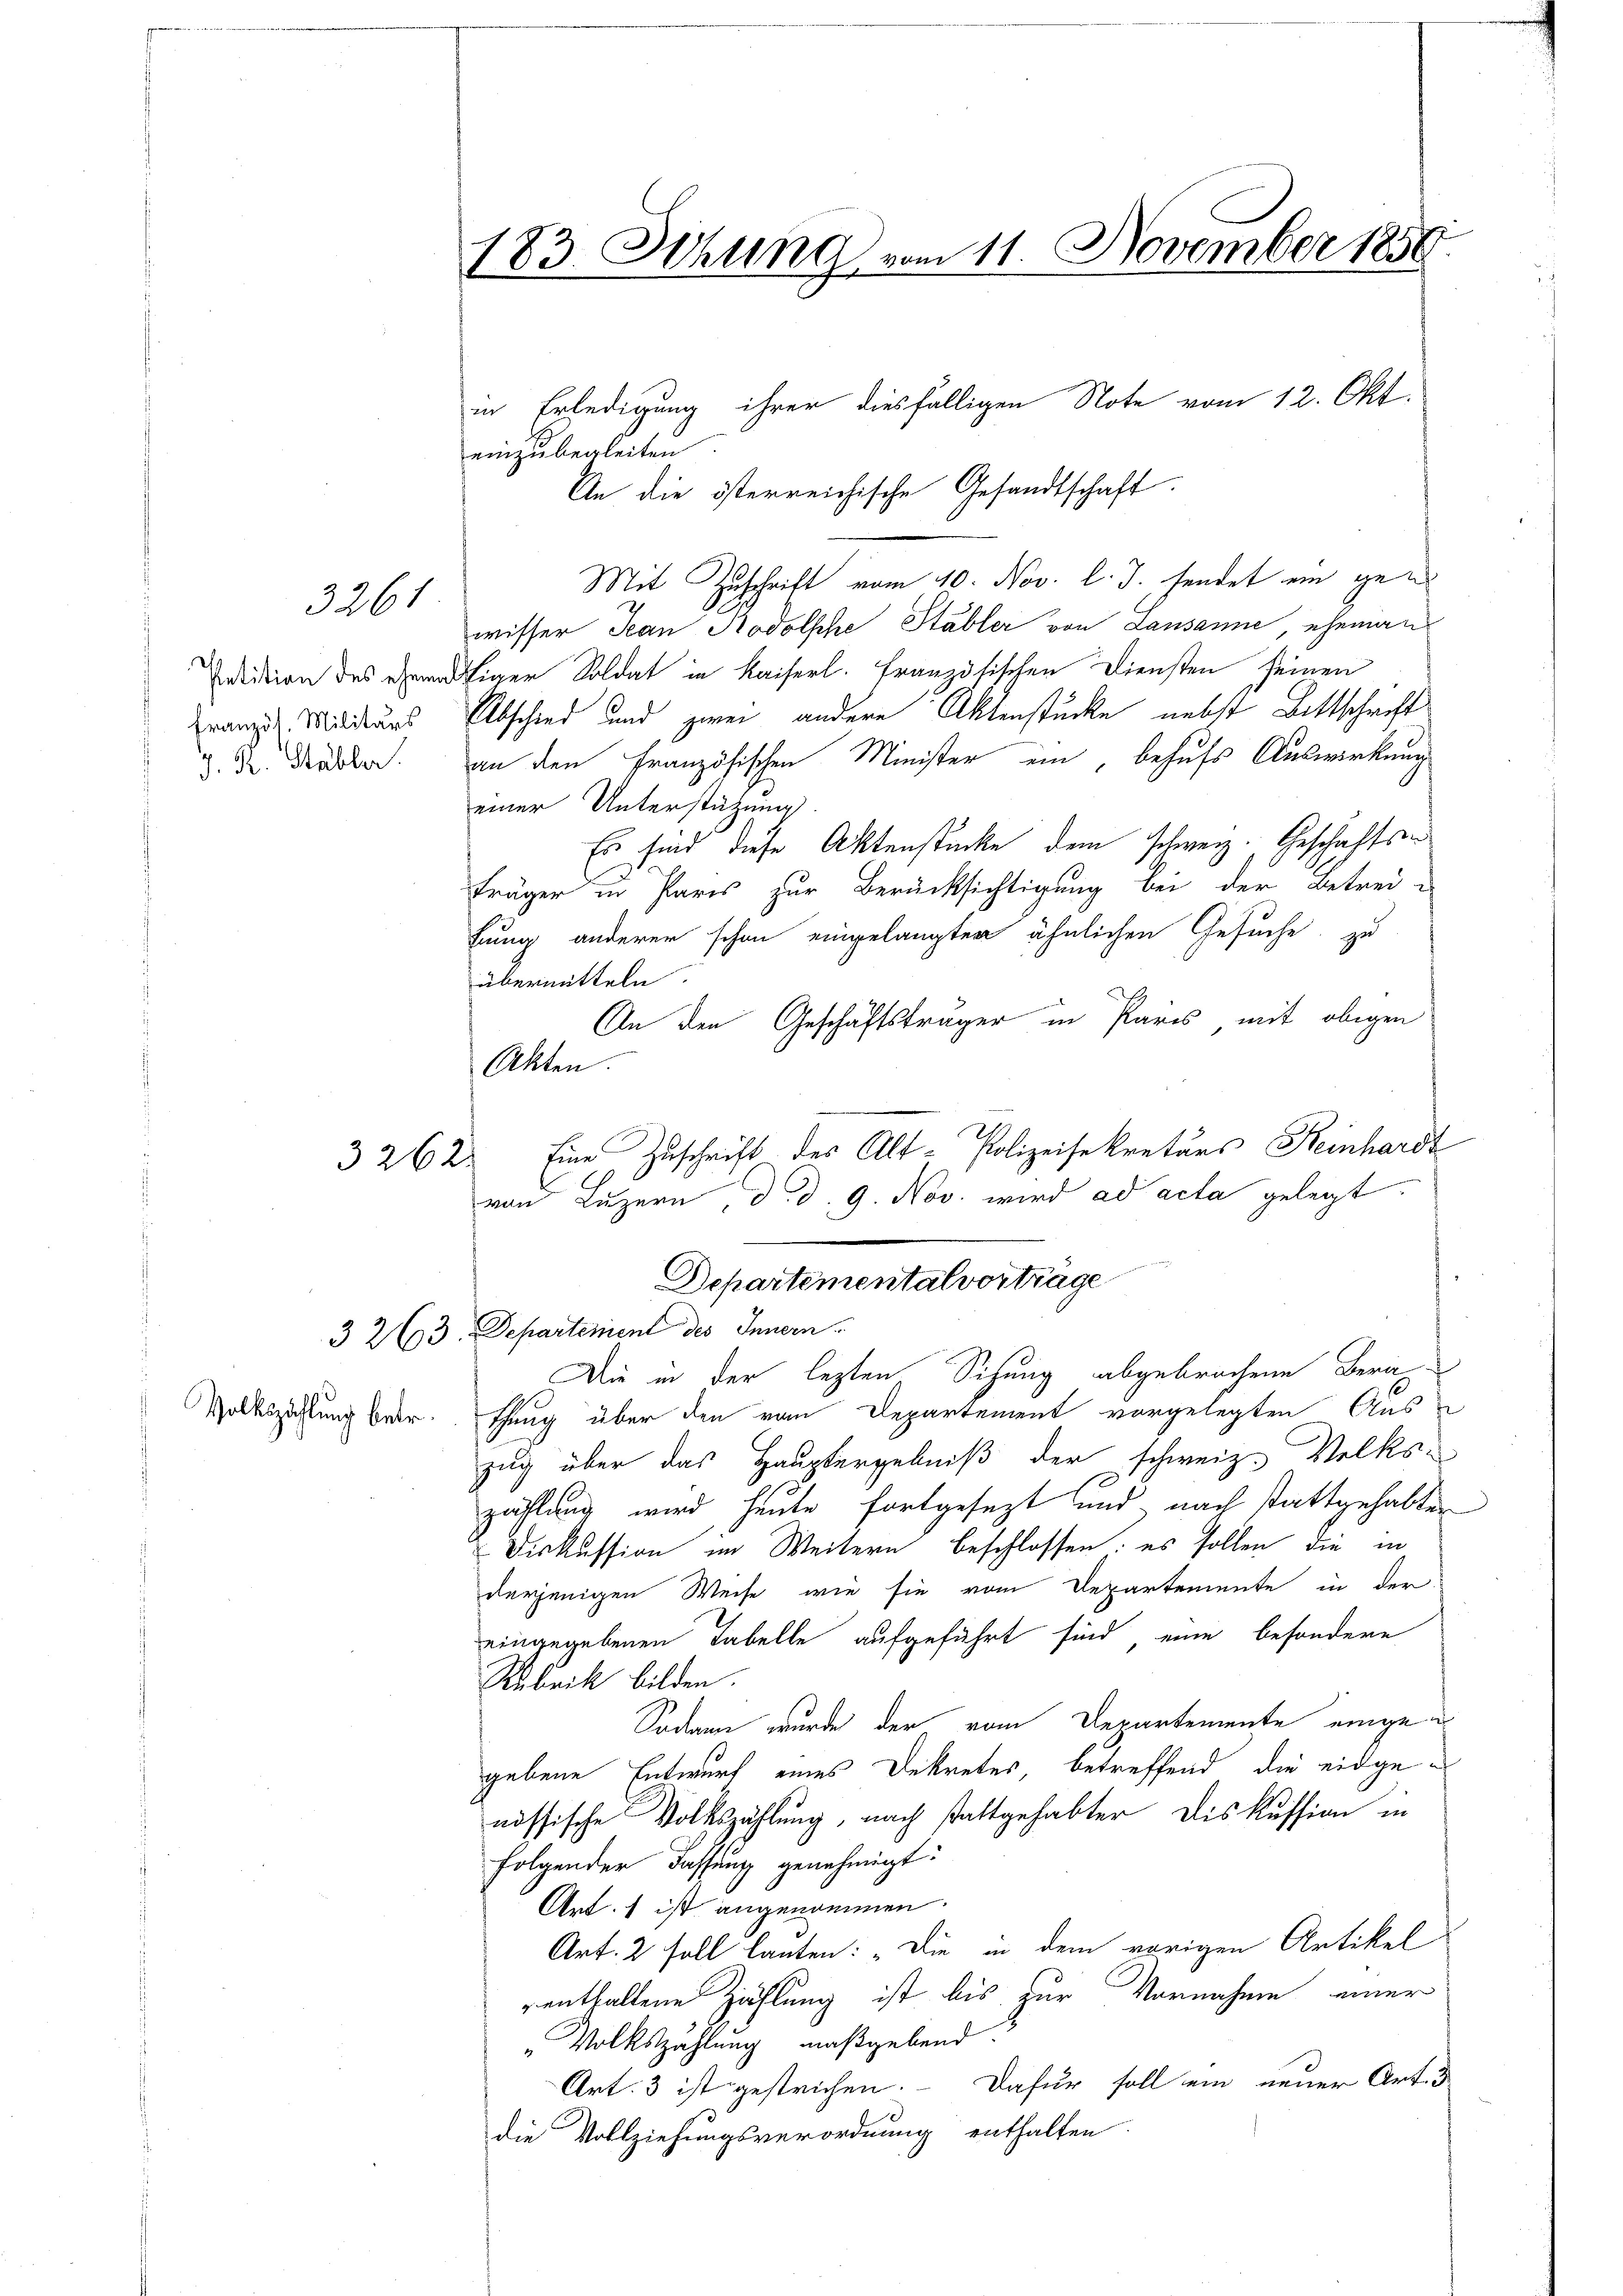
3261

Französ. Militärs
J. R. Stabler.

3262.

Volkszählung betr.

183. Sitzung vom 11. November 1859.

einzubegleiten
Mit Zuschrift vom 10. Nov. l. J. sendet ein gewisser Jean Rodolsche Stabler von Lausanne, eheman
atition des ermaliger Soldat in Kaiserl. Französischen Diensten seinen
Abschied und zwei andere Aktenstücke nebst Bittschrift
an den Französischen Minister ein, behufs Auswirkung
einer Unterstützung
Es sind diese Aktenstücke dem schweiz. Geschaftsträger in Paris zur Berücksichtigung bei der Betreituung anderer schon eingelangten ähnlichen Gesuche zu
übermitteln.
An den Geschäftsträger in Pares mit obigen
Akten.
Eine Zuschrift des Alt-Polizeisekretärs Keinhardt
von Luzern, d. d. 9. Nov. wird ad acta gelegt.

in Erledigung ihrer diesfälligen Note vom 12. Okt.
An die österreichische Gesandtschaft.

Departementalvortrage
3 263. Departement des Innern.
Die in der lezten Sitzung abgebrochene Bera¬

thung über den vom Departement vorgelegten Aus-
zug über das Hauptergebniß der schweiz. Volks-
zählung wird heute fortgesezt und nach stattgehalten
Diskussion im Weitern beschlossen: es sollen die in
derjenigen Weise wie sie vom Departemente in der
eingegebenen Tabelle aufgeführt sind eine besondere
Rubrik bilden.
Sodann wurde der vom Departemente eingegebene Entwurf eines Dekretes, betreffend die eidgenössische Volkszählung, nach stattgehabter Diskussion in
folgender Fassung genehmigt:
Art. 1 ist angenommen.
Art. 2 soll lauten: „Die in dem vorigen Artikel
renthaltene Zählung ist bis zur Vornahme einer
"Volkszählung maßgebend.
Art. 3 ist gestrichen. Dafür soll ein neuer Art. d
die Vollziehungsverordnung enthalten.